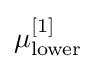
\mu _{\text{lower}}^{[1]}